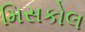
મિસકોલ